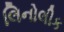
લિનોલીક